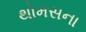
થોમસના